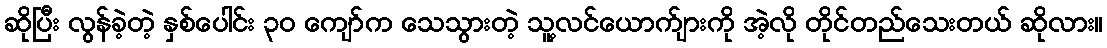
ဆိုပြီး လွန်ခဲ့တဲ့ နှစ်ပေါင်း ၃၀ ကျော်က သေသွားတဲ့ သူ့လင်ယောက်ျားကို အဲ့လို တိုင်တည်သေးတယ် ဆိုလား။